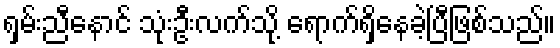
ရှမ်းညီနောင် သုံးဦးလက်သို့ ရောက်ရှိနေခဲ့ပြီဖြစ်သည်။